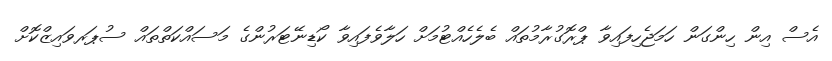
އެސް އިން ހިންގަން ހަމަޖެހިފައިވާ ޕްރޮގުރާމުތައް ބެލެހެއްޓުމަށް ހަލާވެފައިވާ ކޯޑިނޭޓަރުންގެ މަސައްކަތްތައް ސުޕަރވައިޒްކޮށް